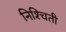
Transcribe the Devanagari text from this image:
निश्‍चिती